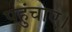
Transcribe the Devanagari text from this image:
पहुंचाए।